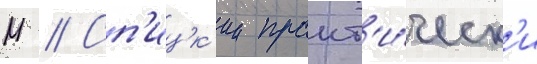
М // Сп'ицк'ии практ'и́ческ'и